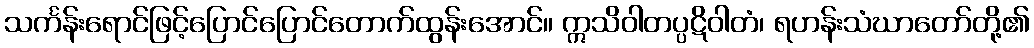
သင်္ကန်းရောင်ဖြင့်ပြောင်ပြောင်တောက်ထွန်းအောင်။ ဣသိဝါတပ္ပဋိဝါတံ၊ ရဟန်းသံဃာတော်တို့၏